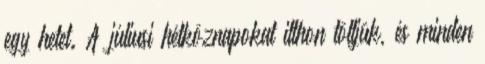
egy hetet. A júliusi hétköznapokat itthon töltjük, és minden